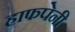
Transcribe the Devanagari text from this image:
हाफपेनी